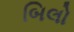
બિલો